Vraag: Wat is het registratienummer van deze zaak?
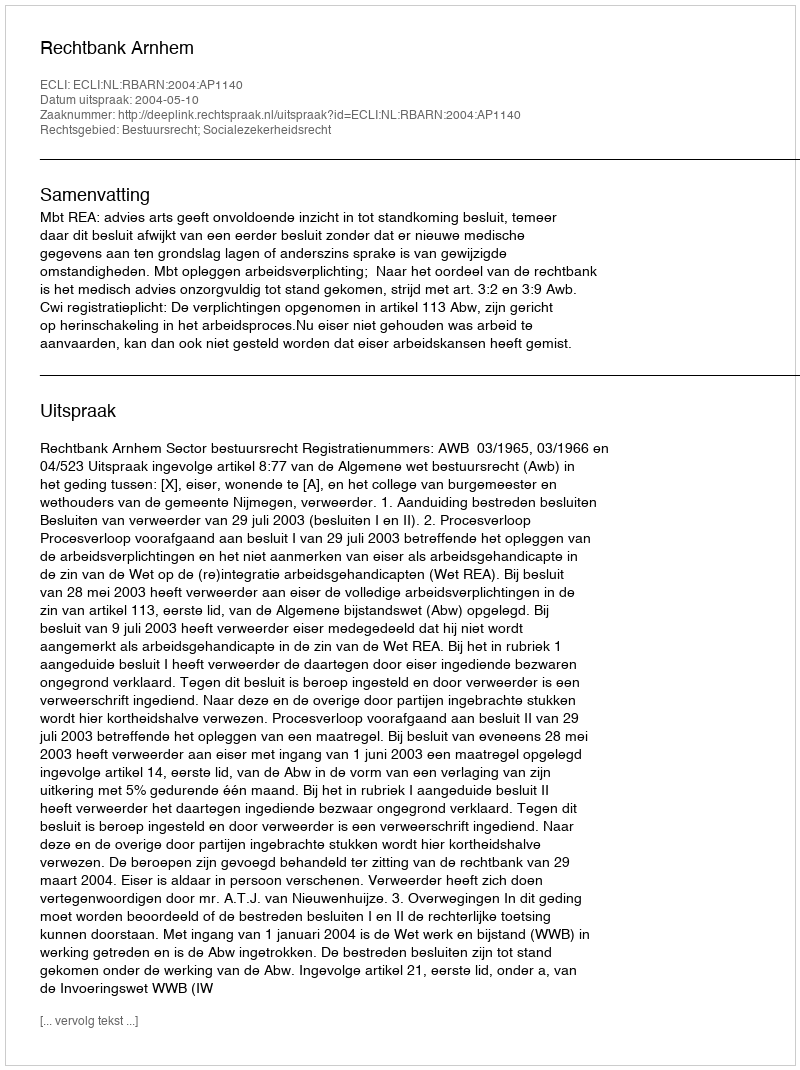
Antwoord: http://deeplink.rechtspraak.nl/uitspraak?id=ECLI:NL:RBARN:2004:AP1140